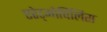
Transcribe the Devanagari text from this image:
एरेट्मोचिलिस